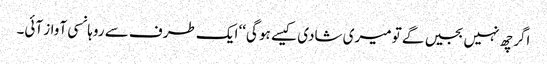
اگر چھ نہیں بجیں گے تو میری شادی کیسے ہو گی‘‘ ایک طرف سے روہانسی آواز آئی۔